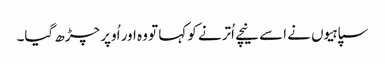
سپاہیوں نے اسے نیچے اُترنے کو کہا تو وہ اور اُوپر چڑھ گیا۔